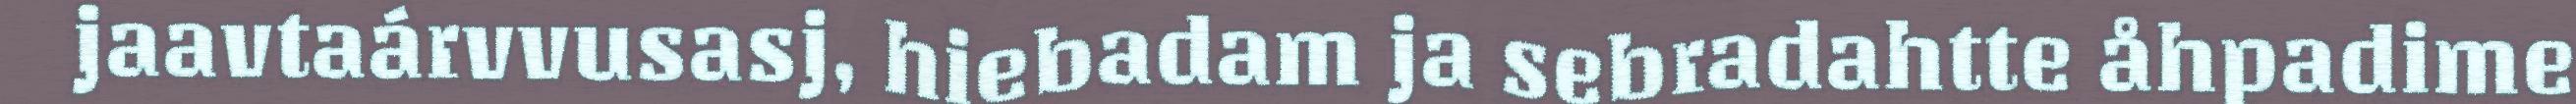
jaavtaárvvusasj, hiebadam ja sebradahtte åhpadime